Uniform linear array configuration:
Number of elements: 24
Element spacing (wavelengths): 0.5
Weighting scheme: exponential
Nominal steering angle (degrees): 0
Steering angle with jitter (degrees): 0.9236
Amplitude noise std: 0.05
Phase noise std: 0.05

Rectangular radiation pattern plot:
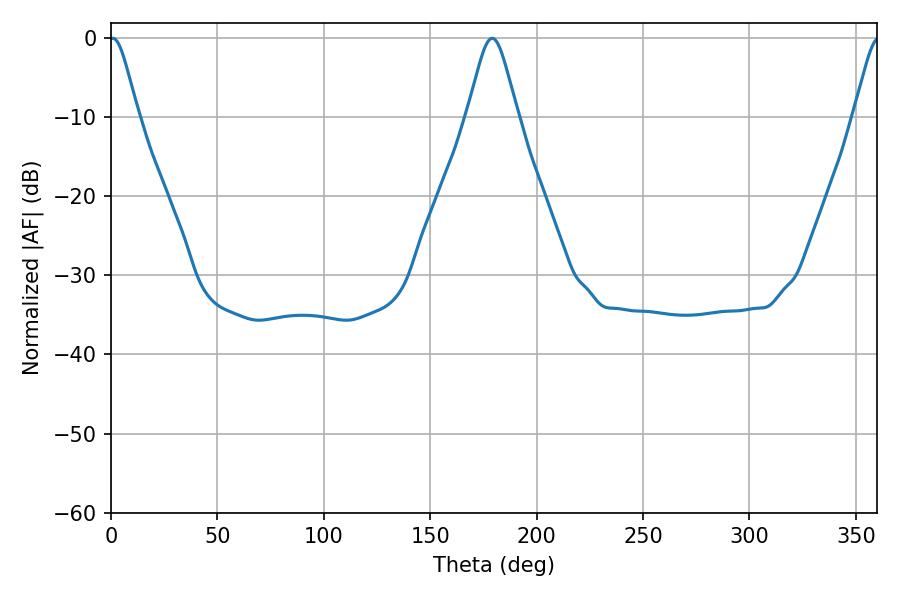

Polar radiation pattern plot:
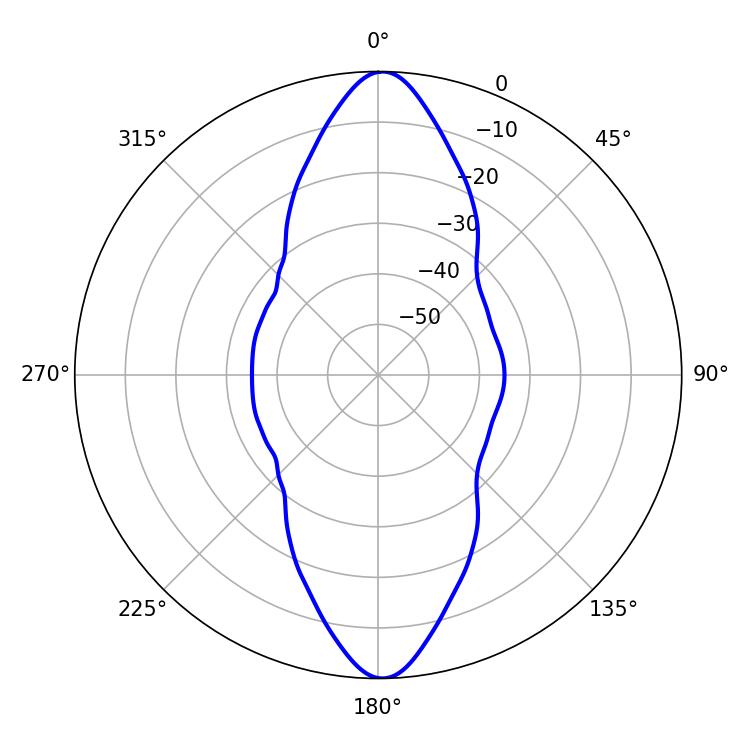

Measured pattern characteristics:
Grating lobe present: FALSE
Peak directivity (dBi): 24.096
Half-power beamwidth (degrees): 6.66
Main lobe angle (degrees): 0.9